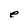
Character: e